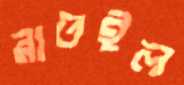
রাতইল